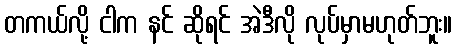
တကယ်လို့ ငါက နင် ဆိုရင် အဲဒီလို လုပ်မှာမဟုတ်ဘူး။